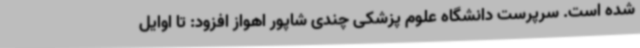
شده است. سرپرست دانشگاه علوم پزشکی چندی شاپور اهواز افزود: تا اوایل